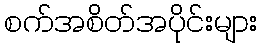
စက်အစိတ်အပိုင်းများ